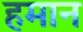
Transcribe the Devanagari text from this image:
हमान